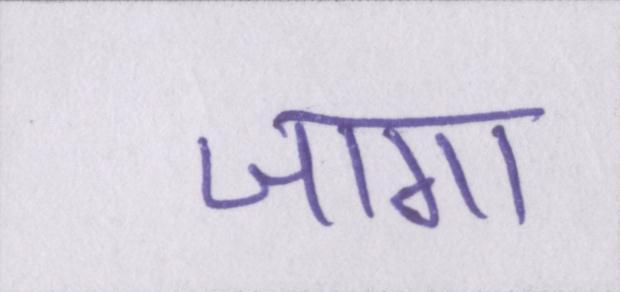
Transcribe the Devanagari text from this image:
जागा